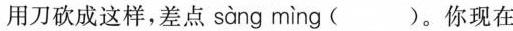
用刀砍成这样，差点 sàng mìng ( )。你现在